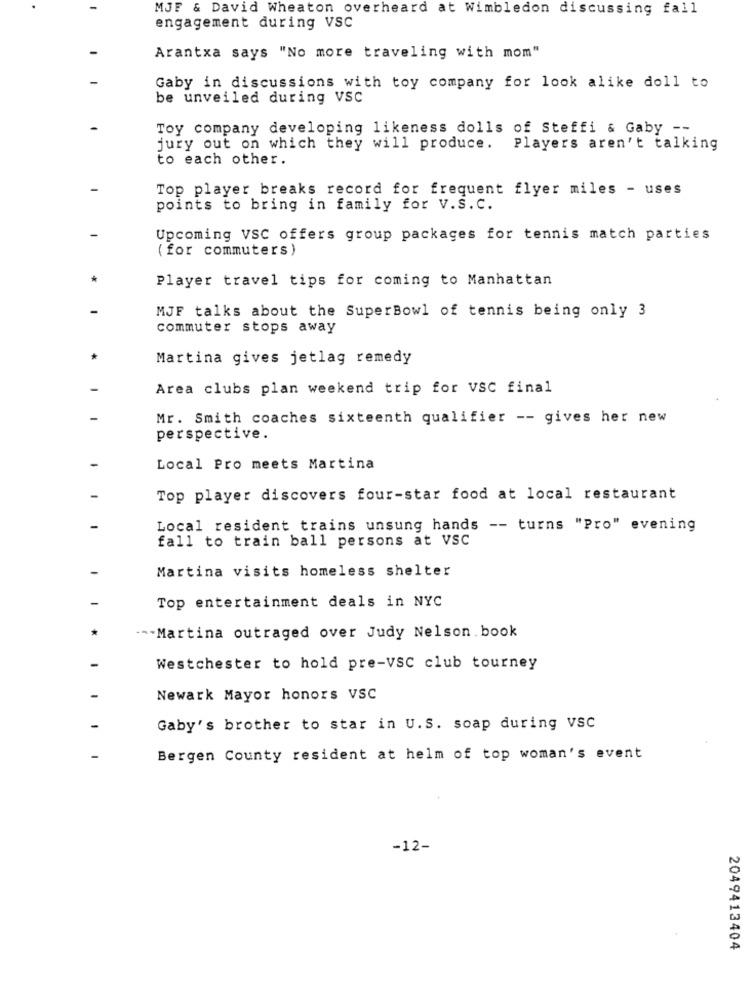
MJF & David Wheaton overheard at Wimbledon discussing fall
engagement during VSC
Arantxa says "No more traveling with mom"
Gaby in discussions with toy company for look alike doll to
be unveiled during VSC
Toy company developing likeness dolls of Steffi & Gaby --
jury out on which they will produce.
Players aren't talking
to each other.
Top player breaks record for frequent flyer miles - uses
points to bring in family for V.S. C.
Upcoming VSC offers group packages for tennis match parties
(for commuters)
Player travel tips for coming to Manhattan
MJF talks about the SuperBowl of tennis being only 3
commuter stops away
Martina gives jetlag remedy
Area clubs plan weekend trip for VSC final
Mr. Smith coaches sixteenth qualifier -- gives her new
perspective.
Local Pro meets Martina
Top player discovers four-star food at local restaurant
Local resident trains unsung hands -- turns "Pro" evening
fall to train ball persons at VSC
Martina visits homeless shelter
Top entertainment deals in NYC
--. Martina outraged over Judy Nelson. book
Westchester to hold pre-vsc club tourney
Newark Mayor honors VSC
Gaby's brother to star in U.S. soap during VSC
Bergen County resident at helm of top woman's event
-12-
2049413404